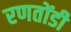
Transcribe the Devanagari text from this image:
रणतोंडी